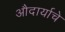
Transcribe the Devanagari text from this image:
औदार्याचे